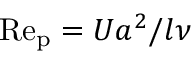
\mathrm { R e _ { p } } = U a ^ { 2 } / l \nu